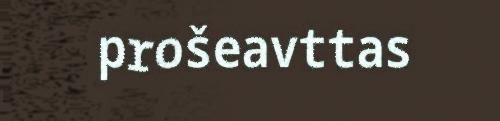
prošeavttas